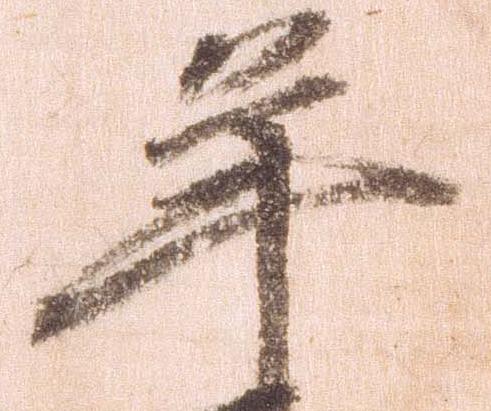
年